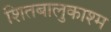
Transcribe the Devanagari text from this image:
शितबालुकाश्म